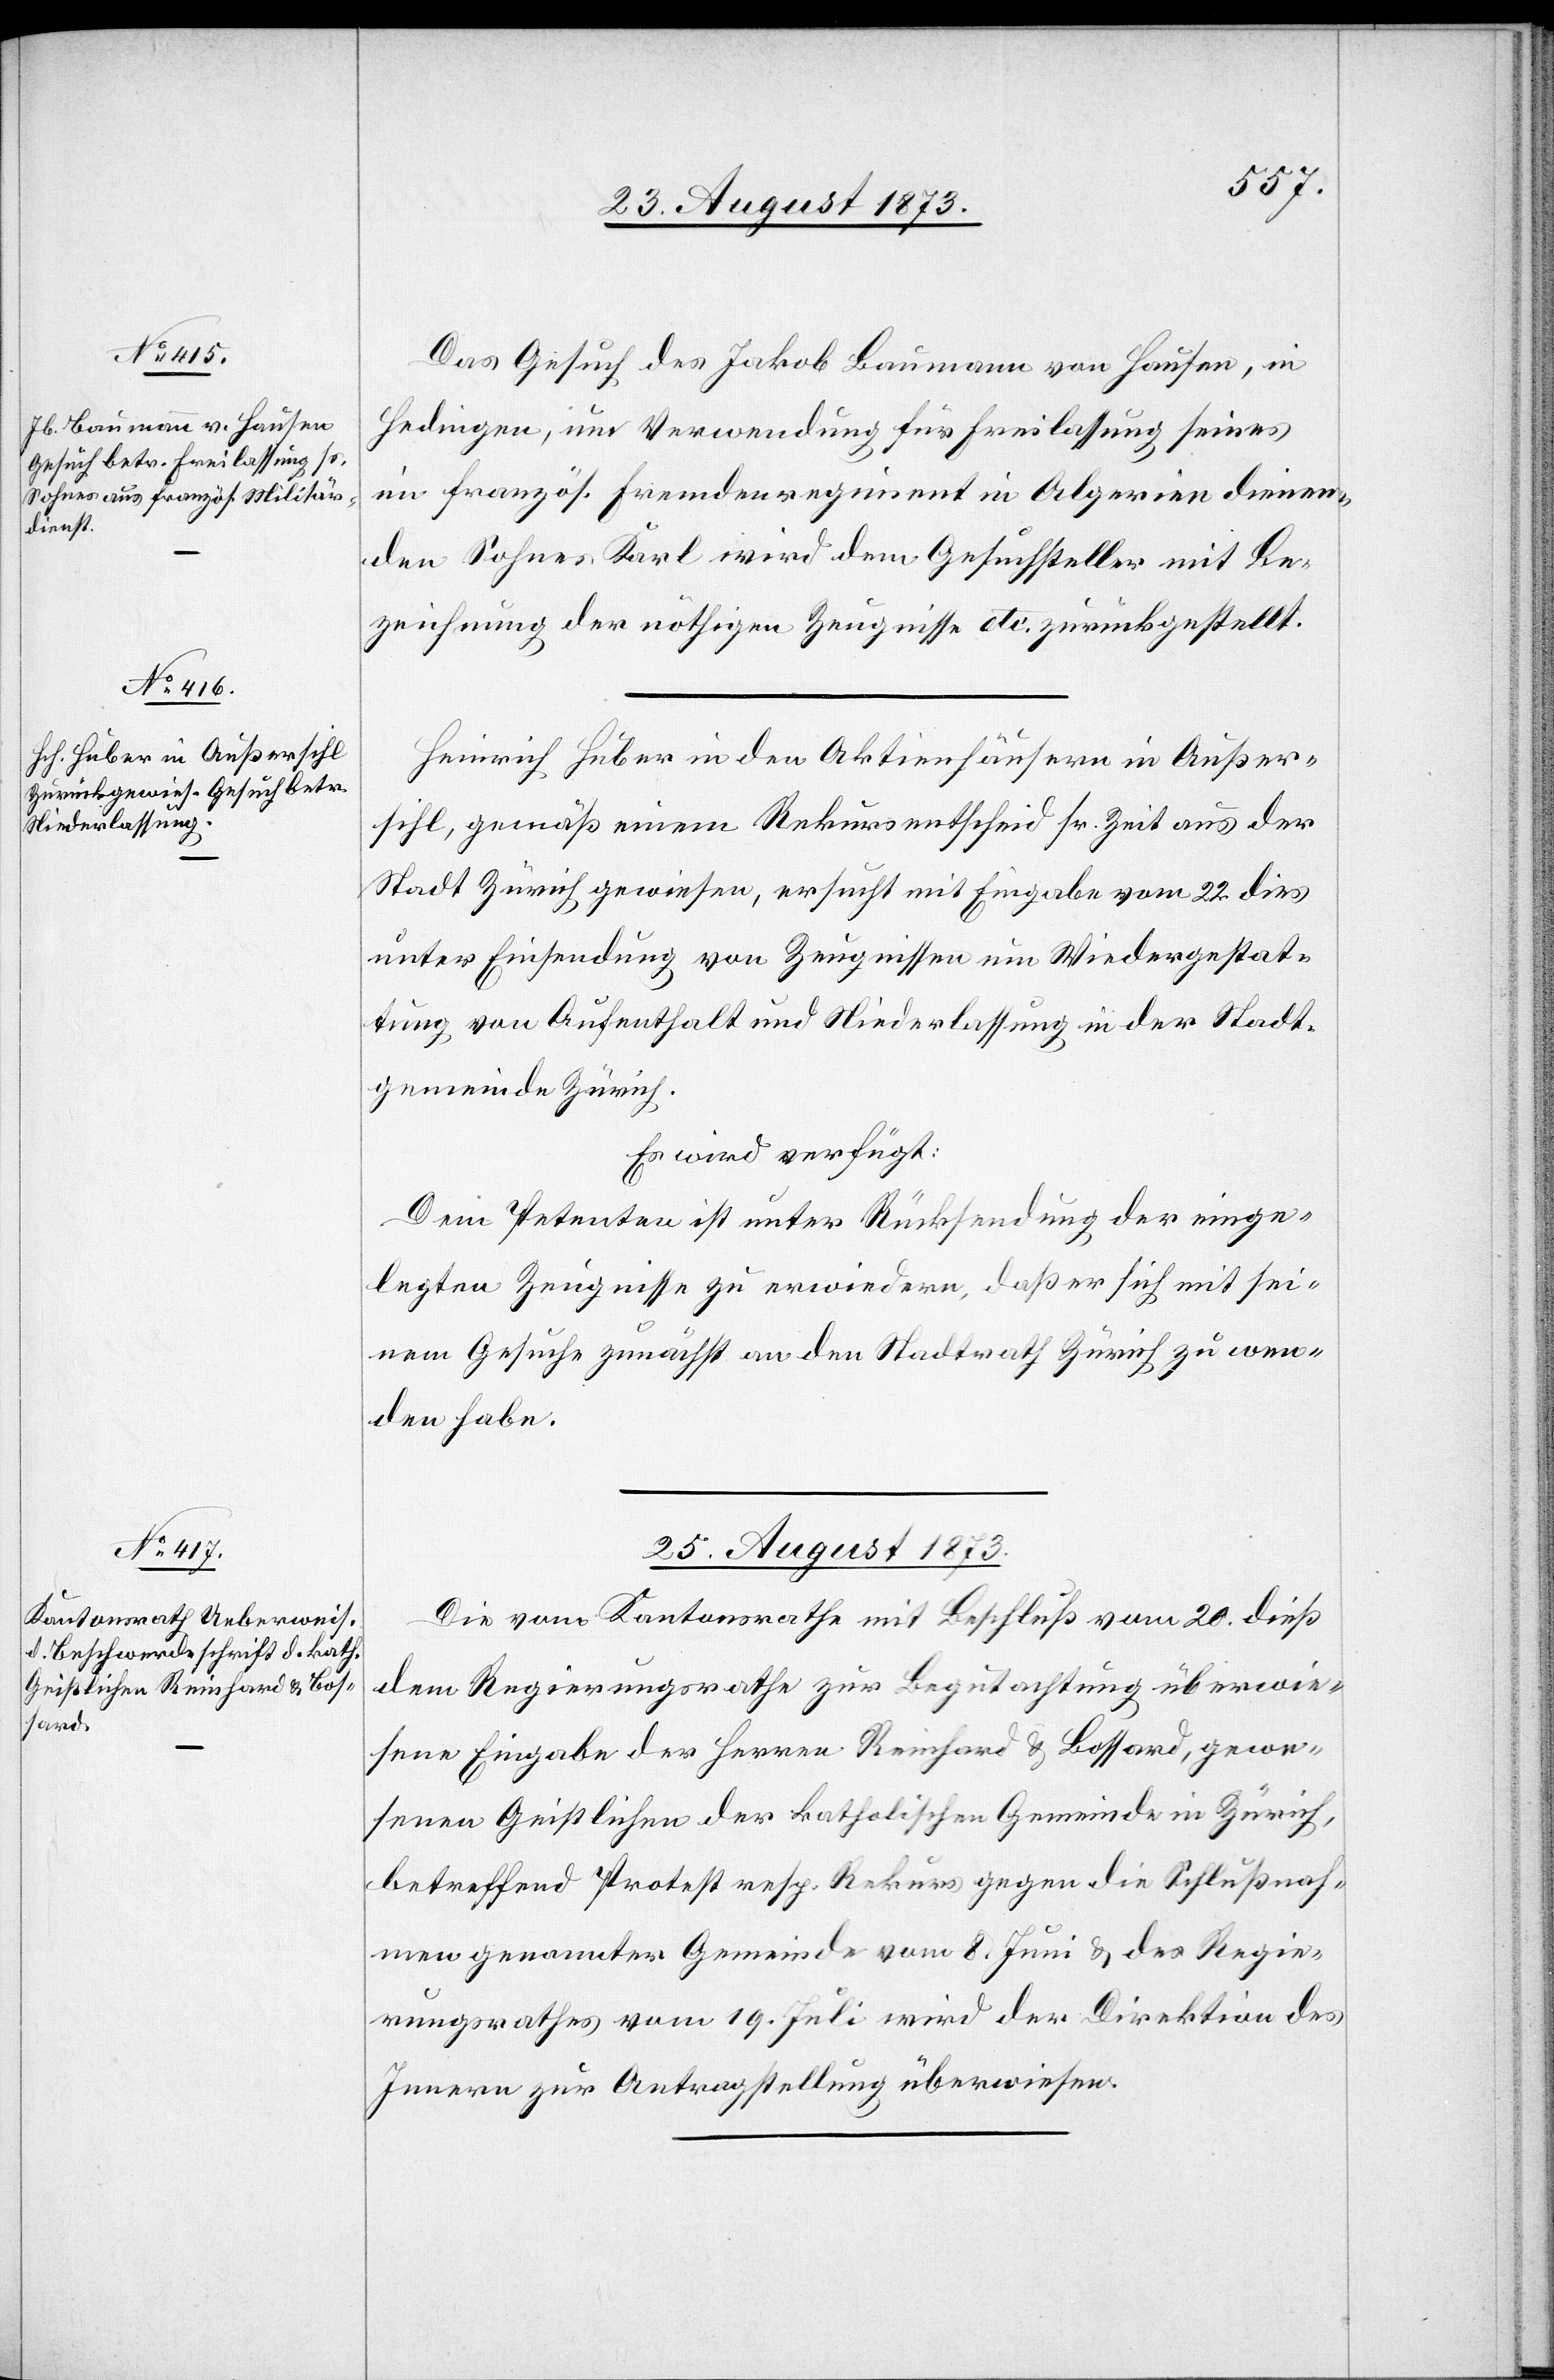
23. August 1873.]
Das Gesuch des Jakob Baumann von Hausen, in
Hedingen, um Verwendung für Freilassung seines
im französ. Fremdenregiment in Algerien dienen¬
den Sohnes Karl wird dem Gesuchsteller mit Be¬
zeichnung der nöthigen Zeugnisse etc. zurückgestellt.
Heinrich Huber in den Aktienhäusern in Außer¬
sihl, gemäß einem Rekursentscheid sr. Zt. aus der
Stadt Zürich gewiesen, ersucht mit Eingabe vom 22. dies
unter Einsendung von Zeugnissen um Wiedergestat¬
tung von Aufenthalt und Niederlassung in der Stadt¬
gemeinde Zürich.
Es wird verfügt:
Dem Petenten ist unter Rücksendung der einge¬
legten Zeugnisse zu erwiedern, daß er sich mit sei¬
nem Gesuche zunächst an den Stadtrath Zürich zu wen¬
den habe.
25. August 1873.
Die vom Kantonsrathe mit Beschluß vom 20. dieß
dem Regierungsrathe zur Begutachtung überwie¬
sene Eingabe der Herren Reinhard & Bossard, gewe¬
senen Geistlichen der katholischen Gemeinde in Zürich,
betreffend Protest resp. Rekurs gegen die Schlußnah¬
men genannter Gemeinde vom 8. Juni & des Regie¬
rungsrathes vom 19. Juli wird der Direktion des
Innern zur Antragstellung überwiesen.